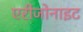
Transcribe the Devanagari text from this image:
एरीजोनाइट